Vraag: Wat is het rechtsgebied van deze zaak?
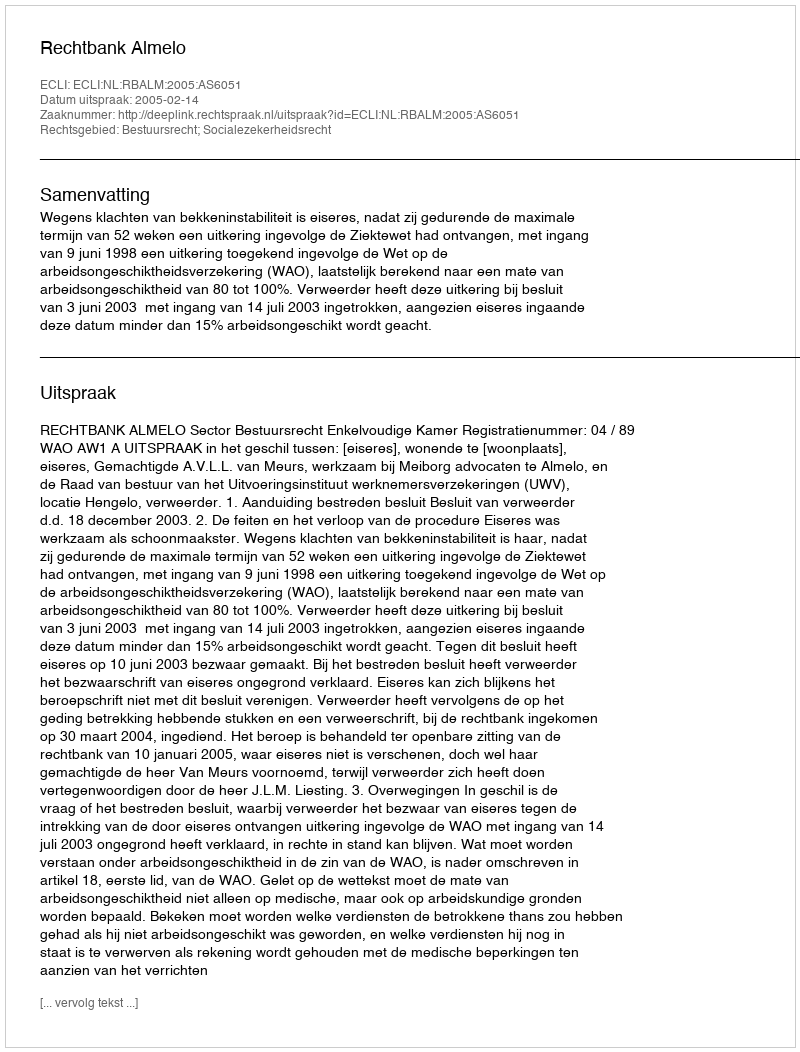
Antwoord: Bestuursrecht; Socialezekerheidsrecht